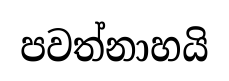
පවත්නාහයි